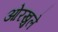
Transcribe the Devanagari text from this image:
ओरखुले